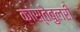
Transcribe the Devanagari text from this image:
कांस्तेबुलरी